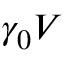
\gamma _ { 0 } V